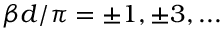
\beta d / \pi = \pm 1 , \pm 3 , . . .